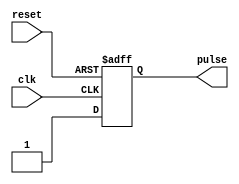
module falling_edge_pulse_generator(
    input wire clk,
    input wire reset,
    output reg pulse
);

parameter PULSE_WIDTH = 1; // Default pulse width of 1 clock cycle

always @(posedge clk or negedge reset) begin
    if(!reset) begin
        pulse <= 0;
    end else begin
        pulse <= #PULSE_WIDTH 1'b1; // Generate pulse with width PULSE_WIDTH
    end
end

endmodule